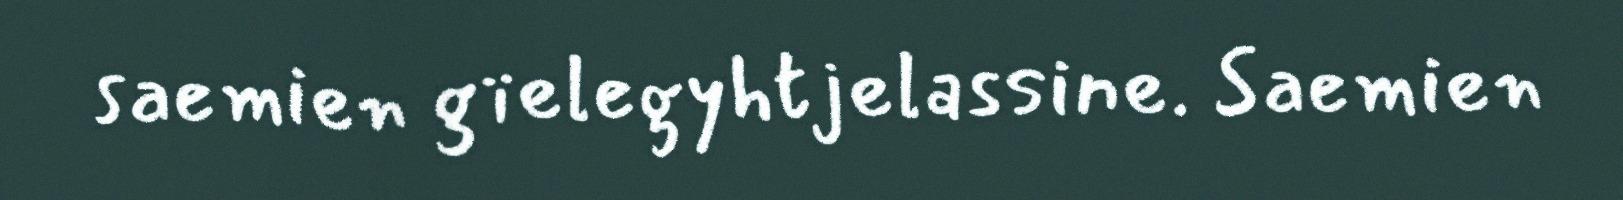
saemien gïelegyhtjelassine. Saemien